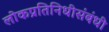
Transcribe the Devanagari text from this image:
लोकप्रतिनिधीसंबंधी